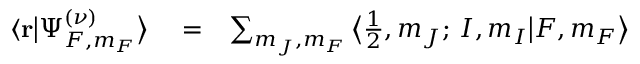
\begin{array} { r l r } { \langle { \bf r } \big | \Psi _ { F , m _ { F } } ^ { ( \nu ) } \big \rangle } & { { } = } & { \sum _ { m _ { J } , m _ { F } } \big \langle \frac { 1 } { 2 } , m _ { J } ; \, I , m _ { I } \big | F , m _ { F } \big \rangle } \end{array}